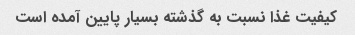
کیفیت غذا نسبت به گذشته بسیار پایین آمده است